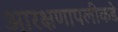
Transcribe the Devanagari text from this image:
आरक्षणापलीकडे